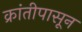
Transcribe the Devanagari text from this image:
क्रांतीपासून